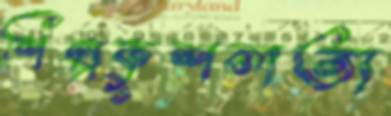
শিল্পকুশলতা